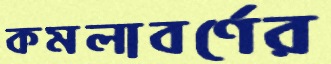
কমলাবর্ণের